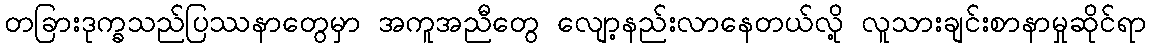
တခြားဒုက္ခသည်ပြဿနာတွေမှာ အကူအညီတွေ လျော့နည်းလာနေတယ်လို့ လူသားချင်းစာနာမှုဆိုင်ရာ